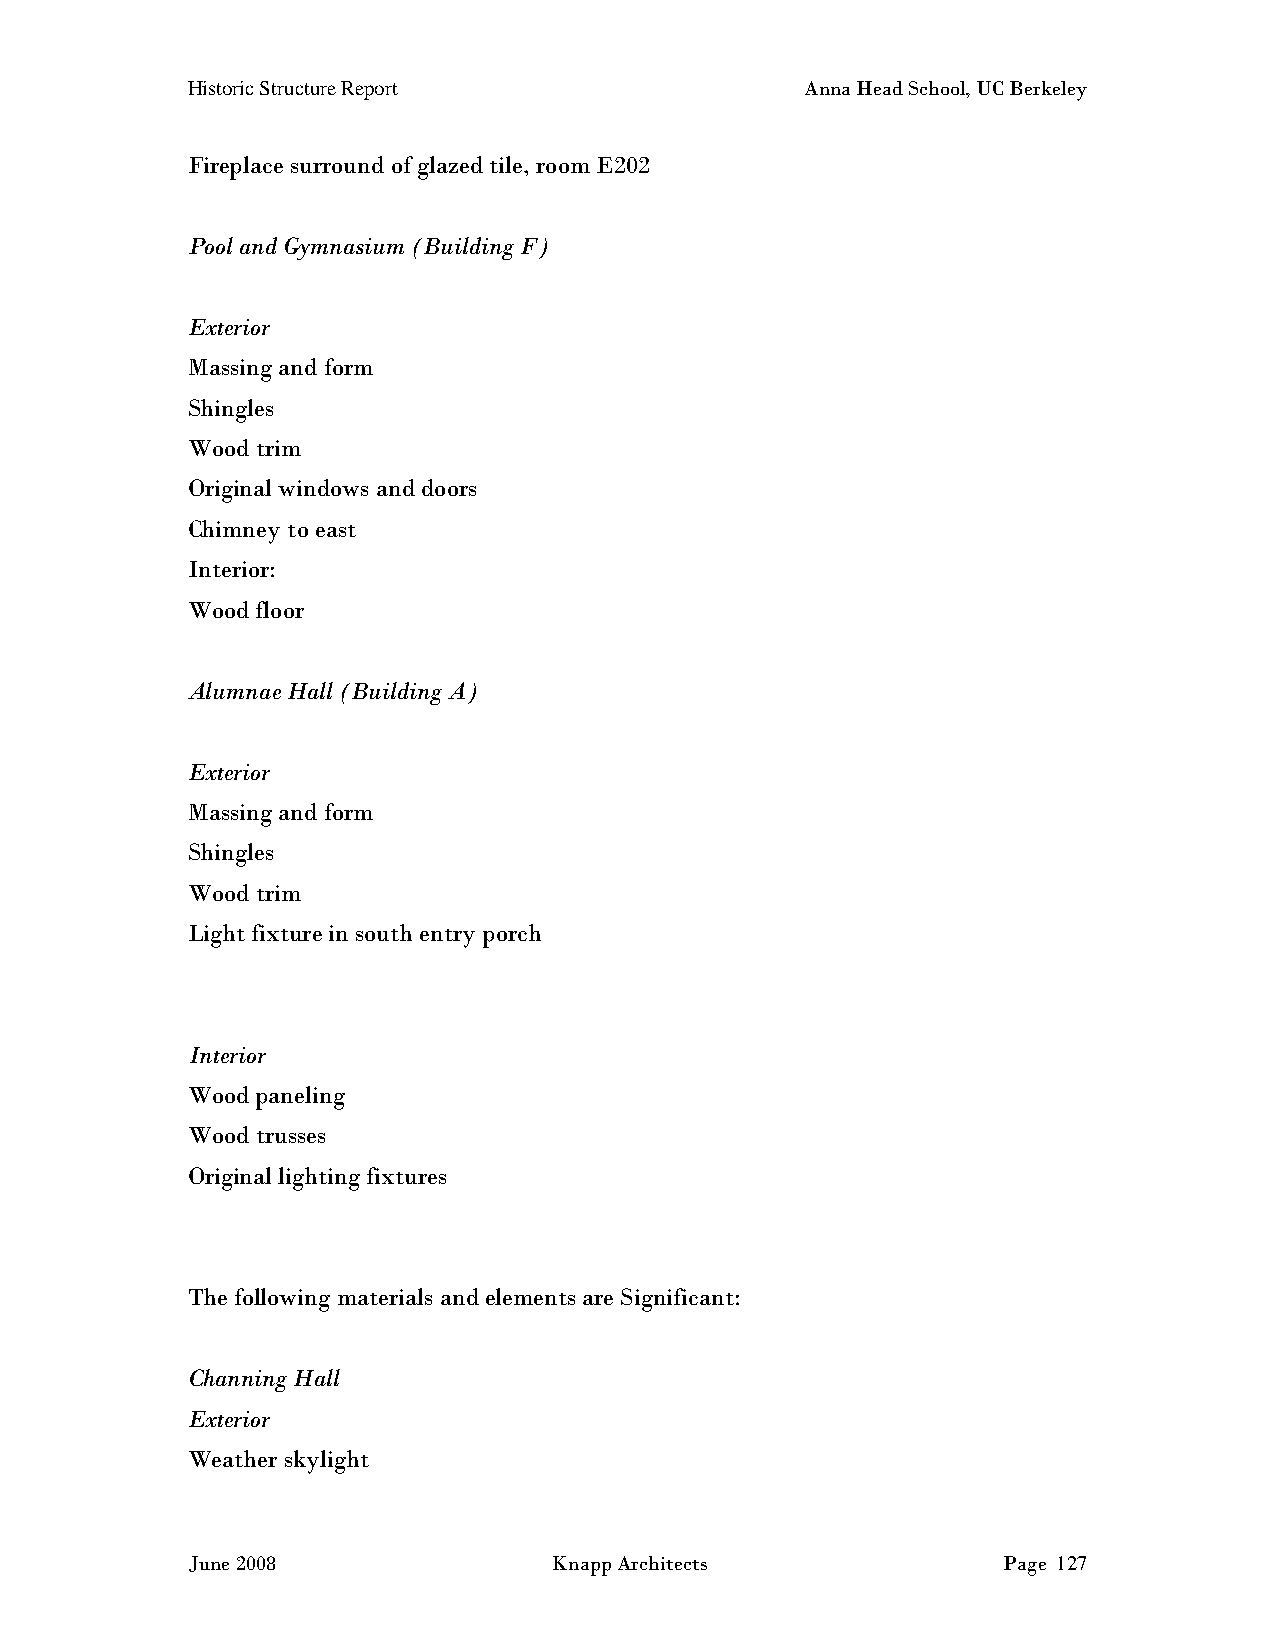
Historic Structure Report                Anna Head School, UC Berkeley
 Fireplace surround of glazed tile, room E202
 Pool and Gymnasium (Building F)
 Exterior
 Massing and form
 Shingles
 Wood trim
 Original windows and doors
 Chimney to east
 Interior:
 Wood floor
 Alumnae Hall (Building A)
 Exterior
 Massing and form
 Shingles
 Wood trim
 Light fixture in south entry porch
 Interior
 Wood paneling
 Wood trusses
 Original lighting fixtures
 The following materials and elements are Significant:
 Channing Hall
 Exterior
 Weather skylight
 June 2008                Knapp Architects             Page 127